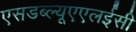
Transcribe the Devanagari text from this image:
एसडब्ल्यूएएलईसी